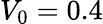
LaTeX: V_{0}=0.4